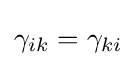
\gamma _{ik}=\gamma _{ki}